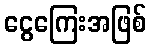
ငွေကြေးအဖြစ်